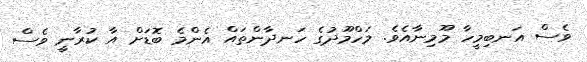
ވެސް އަނބިމީހާ މޫމިނާއެވެ. މަހްމޫދުގެ ހަނދާންތައް އެންމެ ބޮޑަށް އާ ކުރާނީ ވެސް